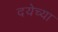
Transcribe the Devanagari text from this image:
दयेच्या